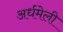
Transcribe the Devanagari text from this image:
अर्धमेली